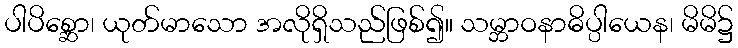
ပါပိစ္ဆော၊ ယုတ်မာသော အလိုရှိသည်ဖြစ်၍။ သမ္ဘာဝနာဓိပ္ပါယေန၊ မိမိ၌